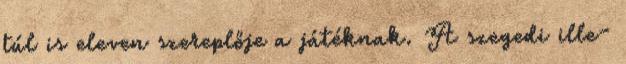
túl is eleven szereplője a játéknak. A szegedi ille-